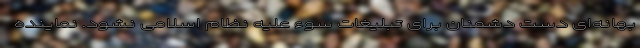
بهانه‌ای دست دشمنان برای تبلیغات سوء علیه نظام اسلامی نشود. نماینده